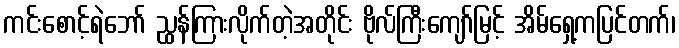
ကင်းစောင့်ရဲဘော် ညွှန်ကြားလိုက်တဲ့အတိုင်း ဗိုလ်ကြီးကျော်မြင့် အိမ်ရှေ့ကပြင်တက်၊